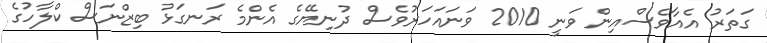
ގަތަރު އެއާވެސްއިން ވަނީ 2010 ވަނައަހަރުވެސް ދުނިޔޭގެ އެންމެ ރަނގަޅު ބިޒްނަސް ކްލާހުގެ